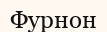
Фурнон